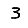
Digit: 3